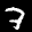
Label: 7